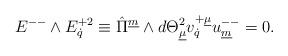
LaTeX: \begin{align*}{E}^{--} \wedge {E}^{+2}_{\dot{q}} \equiv \hat{\Pi}^{\underline{m}} \wedge d{\Theta}^2_{\underline{\mu}} v^{+\underline{\mu}}_{\dot{q}} u^{--}_{\underline{m}}=0. \qquad\end{align*}